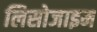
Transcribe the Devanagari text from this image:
लिसोजाइम